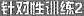
针对性练2